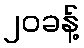
၂၀ခန့်